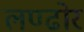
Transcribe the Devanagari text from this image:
लण्ढोर